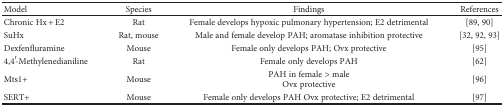
| Model | Species | Findings | References |
 | --- | --- | --- | --- |
 | Chronic Hx + E2 | Rat | Female develops hypoxic pulmonary hypertension; E2 detrimental | [89, 90] |
 | SuHx | Rat, mouse | Male and female develop PAH; aromatase inhibition protective | [32, 92, 93] |
 | Dexfenfluramine | Mouse | Female only develops PAH; Ovx protective | [95] |
 | 4,4′-Methylenedianiline | Rat | Female only develops PAH | [62] |
 | Mts1+ | Mouse | PAH in female > maleOvx protective | [96] |
 | SERT+ | Mouse | Female only develops PAH Ovx protective; E2 detrimental | [97] |